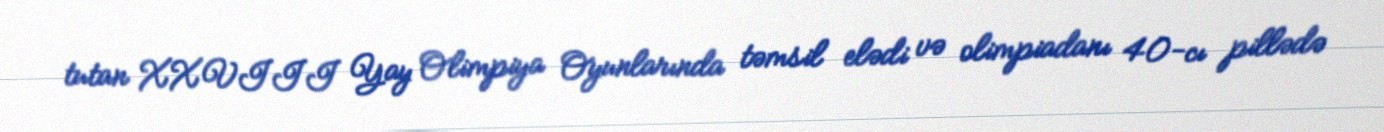
tutan XXVIII Yay Olimpiya Oyunlarında təmsil elədi və olimpiadanı 40-cı pillədə